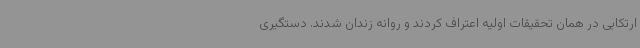
ارتکابی در همان تحقیقات اولیه اعتراف کردند و روانه زندان شدند. دستگیری